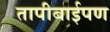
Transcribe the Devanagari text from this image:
तापीबाईपण